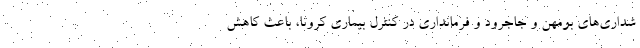
شداری‌های بومهن و جاجرود و فرمانداری در کنترل بیماری کرونا، باعث کاهش